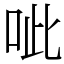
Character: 呲